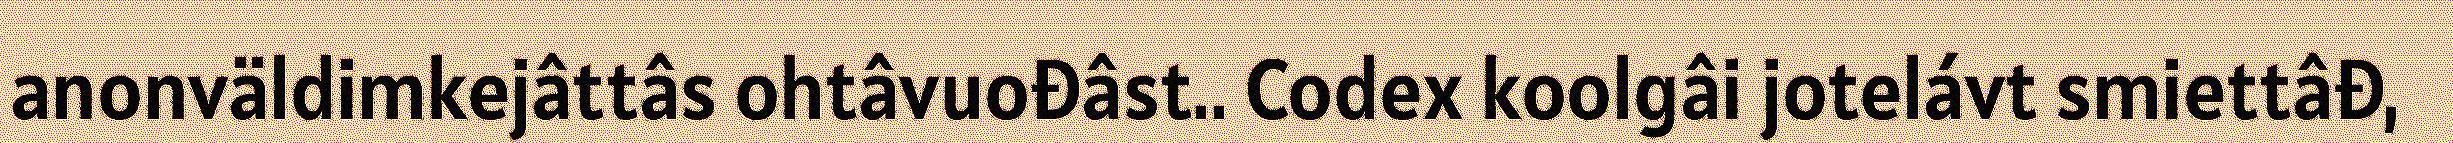
anonväldimkejâttâs ohtâvuođâst.. Codex koolgâi jotelávt smiettâđ,